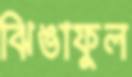
ঝিঙাফুল